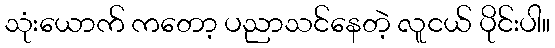
သုံးယောက် ကတော့ ပညာသင်နေတဲ့ လူငယ် ပိုင်းပါ။